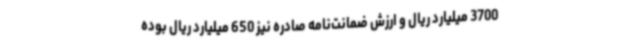
3700 میلیارد ریال و ارزش ضمانت‌نامه صادره نیز 650 میلیارد ریال بوده